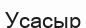
Усасыр